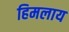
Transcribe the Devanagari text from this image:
हिमलाय